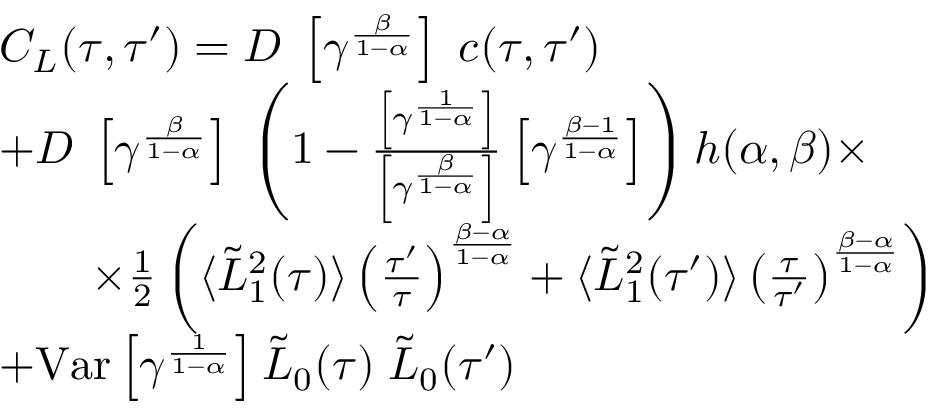
\begin{array} { r l } & { C _ { L } ( \tau , \tau ^ { \prime } ) = D \; \left[ \gamma ^ { \frac { \beta } { 1 - \alpha } } \right] \; c ( \tau , \tau ^ { \prime } ) } \\ & { + D \; \left[ \gamma ^ { \frac { \beta } { 1 - \alpha } } \right] \; \left( 1 - \frac { \left[ \gamma ^ { \frac { 1 } { 1 - \alpha } } \right] } { \left[ \gamma ^ { \frac { \beta } { 1 - \alpha } } \right] } \left[ \gamma ^ { \frac { \beta - 1 } { 1 - \alpha } } \right] \right) h ( \alpha , \beta ) \times } \\ & { \qquad \times \frac { 1 } { 2 } \left( \langle \tilde { L } _ { 1 } ^ { 2 } ( \tau ) \rangle \left( \frac { \tau ^ { \prime } } { \tau } \right) ^ { \frac { \beta - \alpha } { 1 - \alpha } } + \langle \tilde { L } _ { 1 } ^ { 2 } ( \tau ^ { \prime } ) \rangle \left( \frac { \tau } { \tau ^ { \prime } } \right) ^ { \frac { \beta - \alpha } { 1 - \alpha } } \right) } \\ & { + \mathrm { V a r } \left[ \gamma ^ { \frac { 1 } { 1 - \alpha } } \right] \tilde { L } _ { 0 } ( \tau ) \; \tilde { L } _ { 0 } ( \tau ^ { \prime } ) } \end{array}